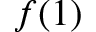
f ( 1 )